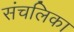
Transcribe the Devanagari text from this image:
संचलिका